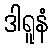
ဒါရူနံ